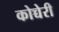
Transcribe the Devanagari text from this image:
कोच्चेरी